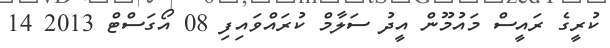
ކުރީގެ ރައީސް މައުމޫން އީދު ސަލާމް ކުރައްވައިފި 08 އޯގަސްޓް 2013 14